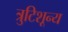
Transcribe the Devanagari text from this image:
त्रुटिशून्य